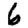
Digit: 6